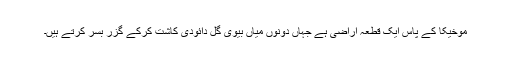
موخیکا کے پاس ایک قطعہ اراضی ہے جہاں دونوں میاں بیوی گل دائودی کاشت کرکے گزر بسر کرتے ہیں۔